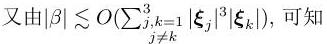
又由\(|\beta| \lesssim O(\sum_{\substack{j,k = 1\\j\neq k}}^{3} |\xi_{j}|^{3}|\xi_{k}|)\)，可知